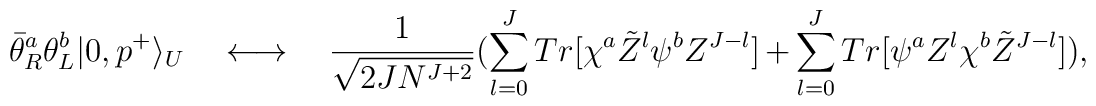
\bar{\theta}_R^{a}\theta_{L}^{b}|0,p^+\rangle _U \quad\longleftrightarrow \quad {1\over \sqrt{2JN^{J+2}}}(\sum_{l=0}^JTr[\chi^a \tilde{Z}^l \psi^b Z^{J-l}]+\sum_{l=0}^J Tr[\psi^a Z^l\chi^b \tilde{Z}^{J-l}]),